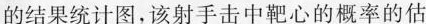
的结果统计图，该射手击中靶心的概率的估